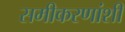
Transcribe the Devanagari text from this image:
समीकरणांशी